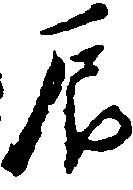
辰